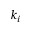
k _ { i }